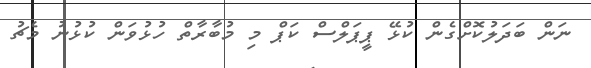
ނަން ބަދަލުކޮށްގެން ކުޅޭ ޕީޕަލްސް ކަޕް މި މުބާރާތް ހުޅުވަން ކުޅުނު މެޗު